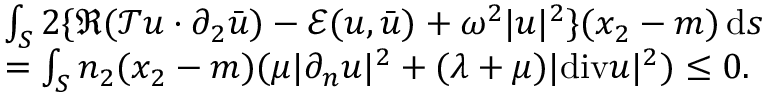
\begin{array} { r l } & { \int _ { S } 2 \{ \Re ( \mathcal { T } u \cdot \partial _ { 2 } \bar { u } ) - \mathcal { E } ( u , \bar { u } ) + \omega ^ { 2 } | u | ^ { 2 } \} ( x _ { 2 } - m ) \, \mathrm { d } s } \\ & { = \int _ { S } n _ { 2 } ( x _ { 2 } - m ) ( \mu | \partial _ { n } u | ^ { 2 } + ( \lambda + \mu ) | \mathrm { d i v } u | ^ { 2 } ) \le 0 . } \end{array}